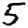
Digit: 5